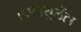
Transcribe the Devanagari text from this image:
एसक्युलेंटा